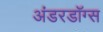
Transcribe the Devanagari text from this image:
अंडरडॉग्स